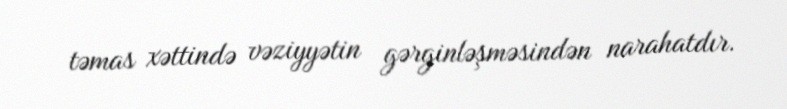
təmas xəttində vəziyyətin gərginləşməsindən narahatdır.